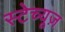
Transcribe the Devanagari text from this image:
स्टेच्यूज़